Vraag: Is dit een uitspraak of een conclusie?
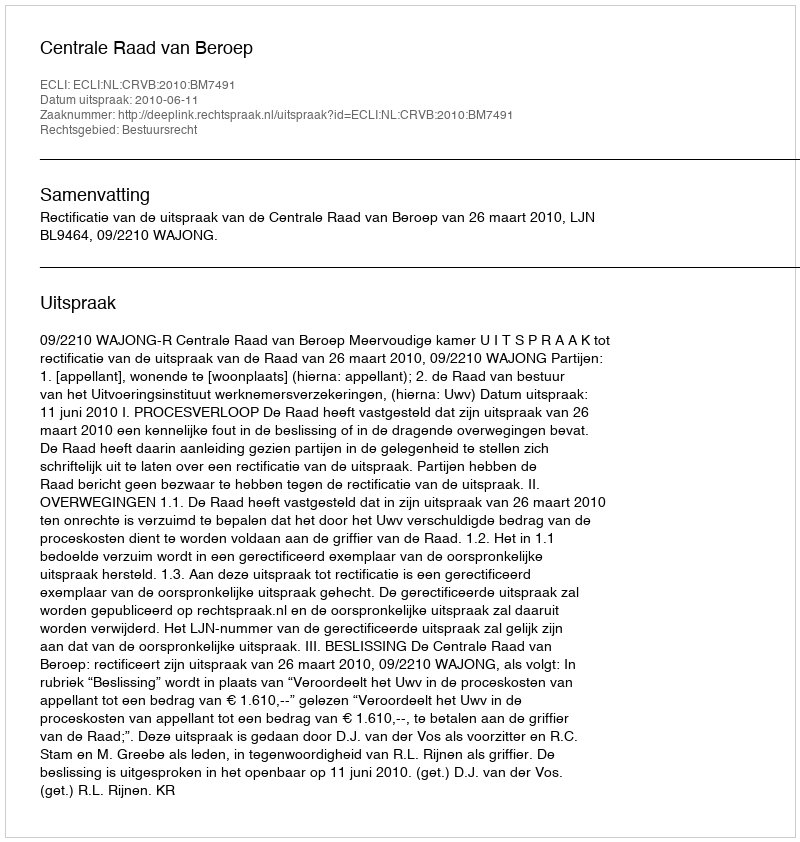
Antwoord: Uitspraak